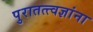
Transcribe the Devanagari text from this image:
पुरातत्त्वज्ञांना